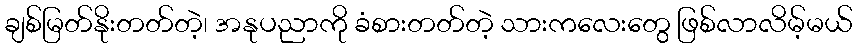
ချစ်မြတ်နိုးတတ်တဲ့၊ အနုပညာကို ခံစားတတ်တဲ့ သားကလေးတွေ ဖြစ်လာလိမ့်မယ်